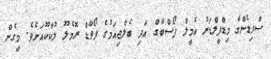
ސްވިޑެންގެ މިޑްފީލްޑަރު އެމީލް ފޯސްބާގް އަދި ބެލްޖިއަމުގެ ފޯވާޑް ރޮމެލޫ ލުކާކޫއަށެވެ. މީގެން